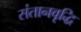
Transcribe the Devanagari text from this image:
संतानवृद्धि